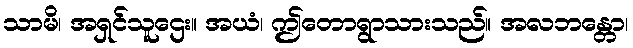
သာမိ၊ အရှင်သူဌေး။ အယံ၊ ဤတောရွာသားသည်။ အလဘန္တော၊